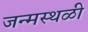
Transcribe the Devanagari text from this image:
जन्मस्थळी